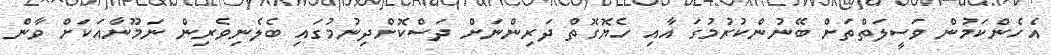
އެހެންކަމުން ވަސީލަތްތަށް ބޭނުންކުރުމުގަ އާއި ހެޔޮގޮތް ދަރިންނަށް ދަސްކޮށްދިނުމުގައި ބެލެނިވެރިން ނަމޫނާއަކަށް ވާން